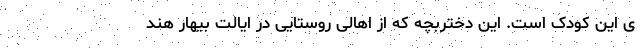
ی این کودک است. این دختربچه که از اهالی روستایی در ایالت بیهار هند